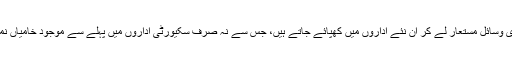
دلچسپ بات یہ ہے کہ پہلے سے مشکلات کا شکار اداروں سے افرادی وسائل مستعار لے کر ان نئے اداروں میں کھپائے جاتے ہیں، جس سے نہ صرف سکیورٹی اداروں میں پہلے سے موجود خامیاں نمایاں ہو جاتی ہیں بلکہ باہمی تعاون کے نئے مسائل بھی جنم لیتے ہیں۔